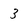
Character: 3